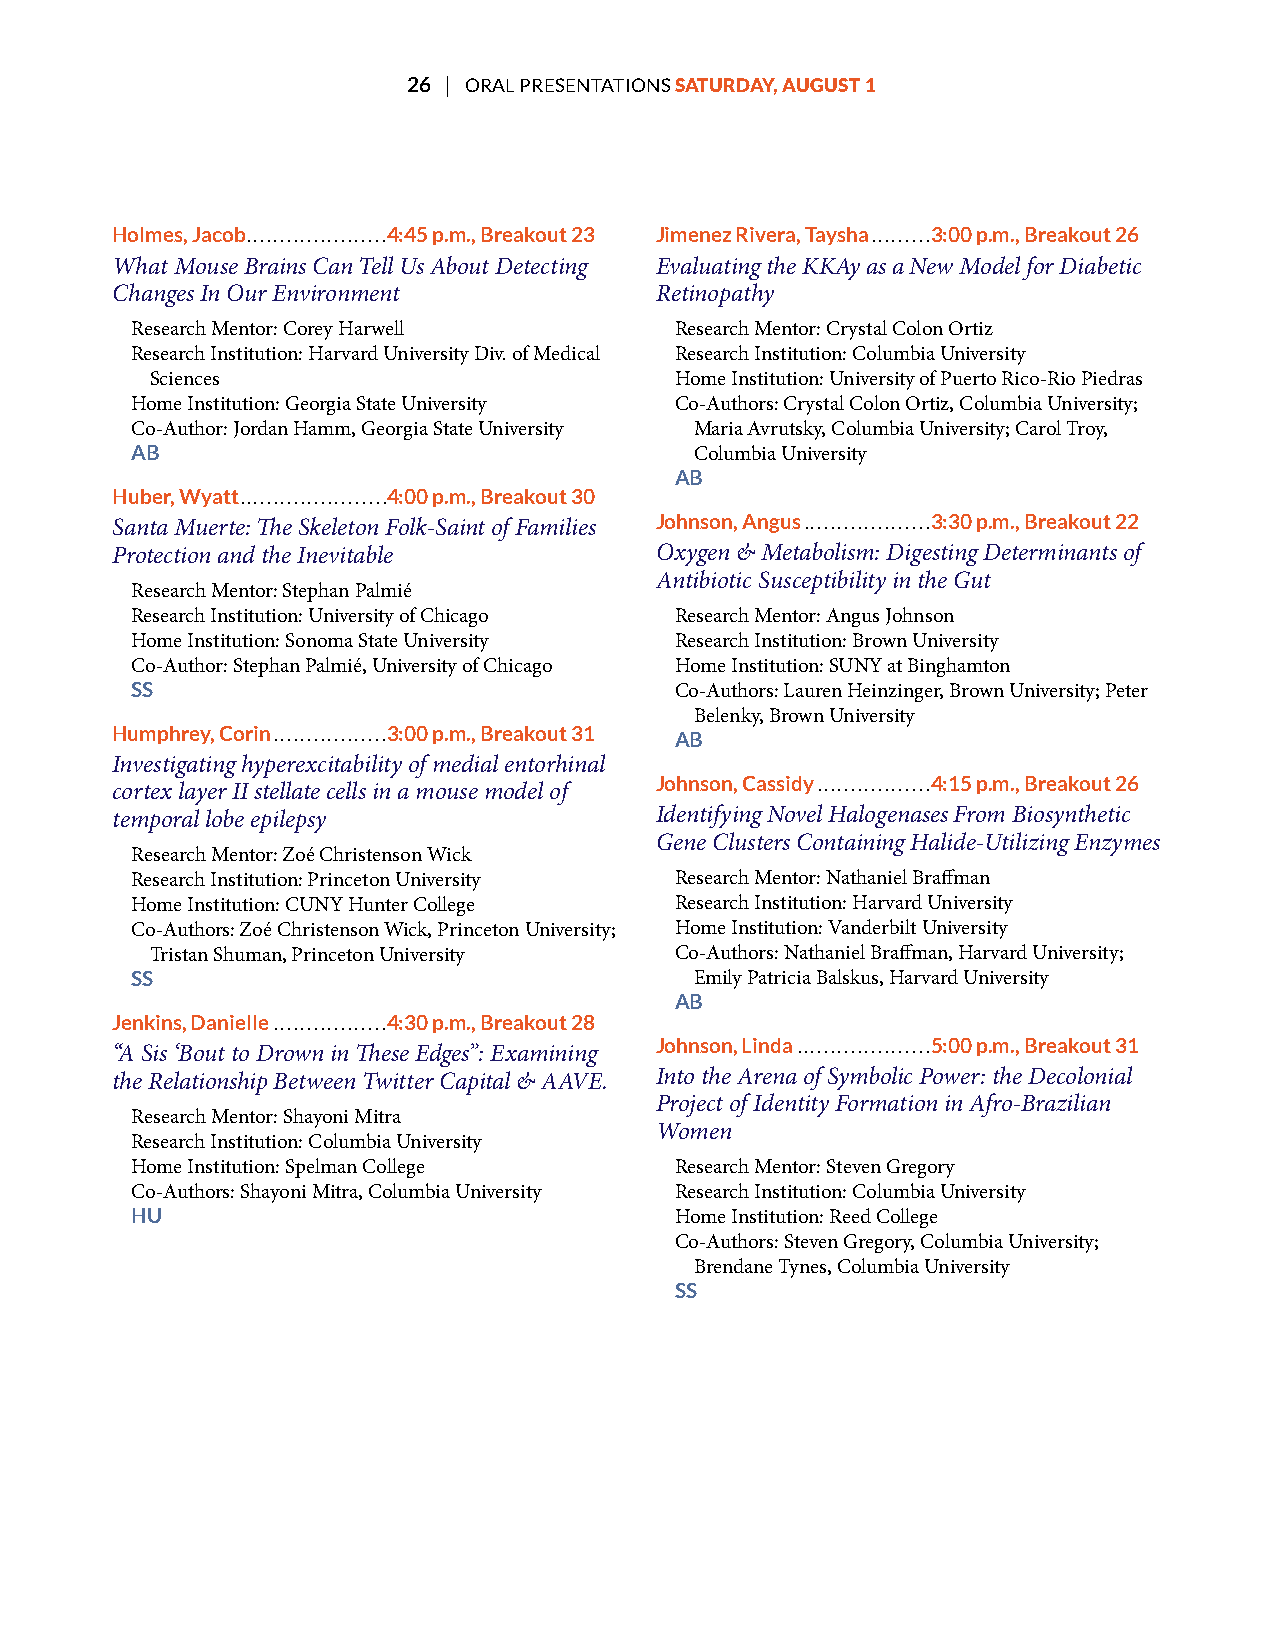
26 | ORAL PRESENTATIONS SATURDAY, AUGUST 1
 Holmes, Jacob .....................4:45 p.m., Breakout 23 Jimenez Rivera, Taysha .........3:00 p.m., Breakout 26
 What Mouse Brains Can Tell Us About Detecting Evaluating the KKAy as a New Model for Diabetic
 Changes In Our Environment          Retinopathy
 Research Mentor: Corey Harwell      Research Mentor: Crystal Colon Ortiz
 Research Institution: Harvard University Div. of Medical Research Institution: Columbia University
 Sciences                           Home Institution: University of Puerto Rico-Rio Piedras
 Home Institution: Georgia State University Co-Authors: Crystal Colon Ortiz, Columbia University;
 Co-Author: Jordan Hamm, Georgia State University Maria Avrutsky, Columbia University; Carol Troy,
 AB                                   Columbia University
 AB
 Huber, Wyatt ......................4:00 p.m., Breakout 30
 Santa Muerte: Te Skeleton Folk-Saint of Families
 Johnson, Angus ...................3:30 p.m., Breakout 22
 Protection and the Inevitable       Oxygen & Metabolism: Digesting Determinants of
 Antibiotic Susceptibility in the Gut
 Research Mentor: Stephan Palmié
 Research Institution: University of Chicago Research Mentor: Angus Johnson
 Home Institution: Sonoma State University Research Institution: Brown University
 Co-Author: Stephan Palmié, University of Chicago Home Institution: SUNY at Binghamton
 SS                                  Co-Authors: Lauren Heinzinger, Brown University; Peter
 Belenky, Brown University
 Humphrey, Corin .................3:00 p.m., Breakout 31 AB
 Investigating hyperexcitability of medial entorhinal
 Johnson, Cassidy .................4:15 p.m., Breakout 26
 cortex layer II stellate cells in a mouse model of
 temporal lobe epilepsy              Identifying Novel Halogenases From Biosynthetic
 Gene Clusters Containing Halide-Utilizing Enzymes
 Research Mentor: Zoé Christenson Wick
 Research Institution: Princeton University Research Mentor: Nathaniel Brafman
 Home Institution: CUNY Hunter College Research Institution: Harvard University
 Co-Authors: Zoé Christenson Wick, Princeton University; Home Institution: Vanderbilt University
 Tristan Shuman, Princeton University Co-Authors: Nathaniel Brafman, Harvard University;
 SS                                   Emily Patricia Balskus, Harvard University
 AB
 Jenkins, Danielle .................4:30 p.m., Breakout 28
 Johnson, Linda ....................5:00 p.m., Breakout 31
 “A Sis ‘Bout to Drown in Tese Edges”: Examining
 the Relationship Between Twitter Capital & AAVE. Into the Arena of Symbolic Power: the Decolonial
 Project of Identity Formation in Afro-Brazilian
 Research Mentor: Shayoni Mitra
 Women
 Research Institution: Columbia University
 Home Institution: Spelman College   Research Mentor: Steven Gregory
 Co-Authors: Shayoni Mitra, Columbia University Research Institution: Columbia University
 HU                                  Home Institution: Reed College
 Co-Authors: Steven Gregory, Columbia University;
 Brendane Tynes, Columbia University
 SS